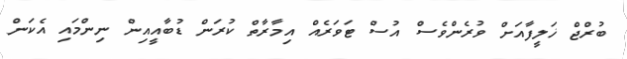
ބުރްޖް ޚަލީފާއަށް ވުރެންވެސް އުސް ޓަވަރެއް އިމާރާތް ކުރަން ޑުބާއީއިން ނިންމައި އެކަން